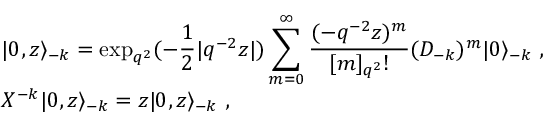
\begin{array} { l } { { \vert 0 , z \rangle _ { - k } = \displaystyle \exp _ { q ^ { 2 } } ( - \frac { 1 } { 2 } | q ^ { - 2 } z | ) \sum _ { m = 0 } ^ { \infty } \frac { ( - q ^ { - 2 } z ) ^ { m } } { [ m ] _ { q ^ { 2 } } ! } ( { \cal D } _ { - k } ) ^ { m } \vert 0 \rangle _ { - k } ~ , } } \\ { { { \cal X } ^ { - k } \vert 0 , z \rangle _ { - k } = z \vert 0 , z \rangle _ { - k } ~ , } } \end{array}